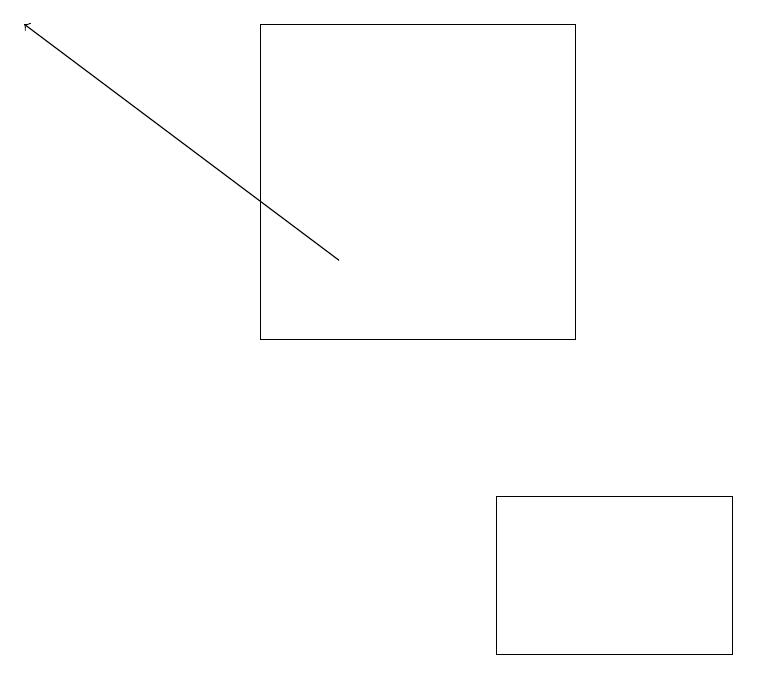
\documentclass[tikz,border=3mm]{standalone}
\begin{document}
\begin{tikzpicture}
\draw[->] (4,15) -- (0,18);
\draw (6,10) rectangle (9,12);
\draw (3,14) rectangle (7,18);
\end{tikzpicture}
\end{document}